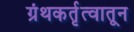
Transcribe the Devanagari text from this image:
ग्रंथकर्तृत्वातून